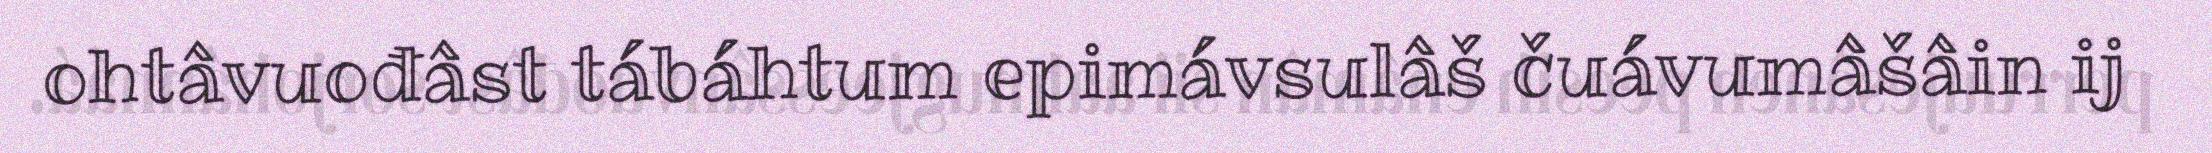
ohtâvuođâst tábáhtum epimávsulâš čuávumâšâin ij